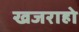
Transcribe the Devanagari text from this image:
खजराहो